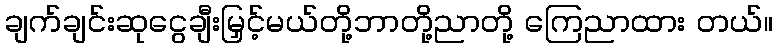
ချက်ချင်းဆုငွေချီးမြှင့်မယ်တို့ဘာတို့ညာတို့ ကြေညာထား တယ်။